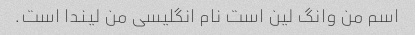
اسم من وانگ لین است نام انگلیسی من لیندا است.